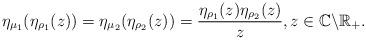
LaTeX: \begin{align*}\eta_{\mu_{1}}(\eta_{\rho_{1}}(z))=\eta_{\mu_{2}}(\eta_{\rho_{2}}(z))=\frac{\eta_{\rho_{1}}(z)\eta_{\rho_{2}}(z)}{z},z\in\mathbb{C}\backslash\mathbb{R}_{+}.\end{align*}